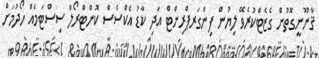
ޤާނޫނީގޮތުން ގެޒެޓްކުރެވޭ ލިޔުން ފިންގަރޕްރިންޓް އަދި ކާޑު އެކްސެސް ކޮންޓްރޯލް ސިސްޓަމެއް ހޯދުމަށް